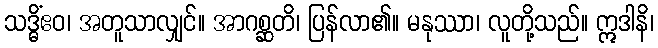
သဒ္ဓိံဧဝ၊ အတူသာလျှင်။ အာဂစ္ဆတိ၊ ပြန်လာ၏။ မနုဿာ၊ လူတို့သည်။ ဣဒါနိ၊